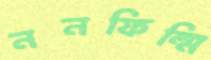
ননফিল্মি